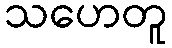
သဟေတူ